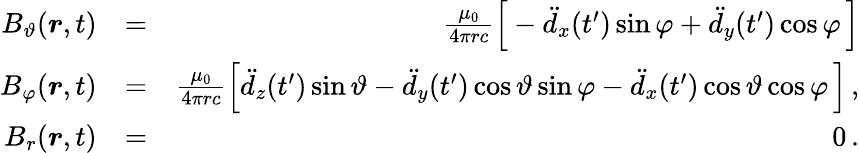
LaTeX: \begin{array}{rlr}{B_{\vartheta}(\boldsymbol{r},t)}&{=}&{\frac{\mu_{0}}{4\pi rc}\Big[-\ddot{d}_{x}(t^{\prime})\sin\varphi+\ddot{d}_{y}(t^{\prime})\cos\varphi\, \Big]}\\ {B_{\varphi}(\boldsymbol{r},t)}&{=}&{\frac{\mu_{0}}{4\pi rc}\Big[\ddot{d}_{z}(t^{\prime})\sin\vartheta-\ddot{d}_{y}(t^{\prime})\cos\vartheta\sin\varphi-\ddot{d}_{x}(t^{\prime})\cos\vartheta\cos\varphi\, \Big]\, ,}\\ {B_{r}(\boldsymbol{r},t)}&{=}&{0\, .}\end{array}